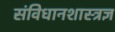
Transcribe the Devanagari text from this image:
संविधानशास्त्रज्ञ